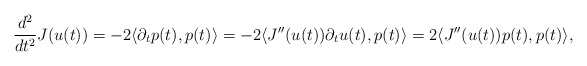
\begin{align*} \frac{d^2}{dt^2} J(u(t)) = -2 \langle \partial_t p(t), p(t) \rangle= - 2 \langle J''(u(t)) \partial_t u(t), p(t) \rangle = 2 \langle J''(u(t)) p(t), p(t) \rangle, \end{align*}